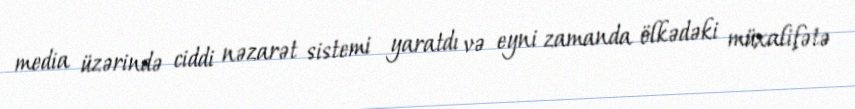
media üzərində ciddi nəzarət sistemi yaratdı və eyni zamanda ölkədəki müxalifətə